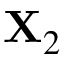
\mathbf { X } _ { 2 }